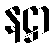
နဋ္ဌာ